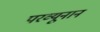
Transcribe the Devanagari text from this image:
परव्यूनान